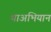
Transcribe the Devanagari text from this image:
थाअभियान